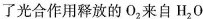
了光合作用释放的O_{2}来自H_{2}O